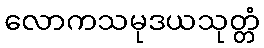
လောကသမုဒယသုတ္တံ